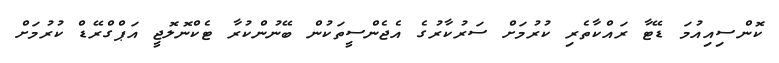
ކޮންސިއިއުމަ ޑޭޓާ ރައްކާތެރި ކުރުމަށް ސަރުކާރުގެ އެޖެންސީތަކުން ބޭނުންކުރާ ޓެކްނޮލޮޖީ އަޕްގްރޭޑް ކުރުމަށް